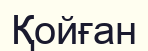
Қойған